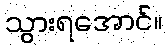
သွားရအောင်။